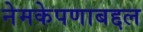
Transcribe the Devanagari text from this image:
नेमकेपणाबद्दल